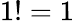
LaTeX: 1!=1